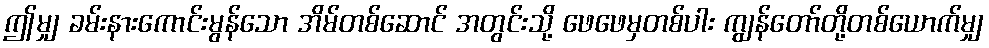
ဤမျှ ခမ်းနားကောင်းမွန်သော အိမ်တစ်ဆောင် အတွင်းသို့ ဖေဖေမှတစ်ပါး ကျွန်တော်တို့တစ်ယောက်မျှ